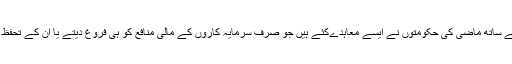
ان کمپنیوں کے ساتھ ماضی کی حکومتوں نے ایسے معاہدےکئے ہیں جو صرف سرمایہ کاروں کے مالی منافع کو ہی فروغ دیتے یا ان کے تحفظ کے لیے ہیں۔